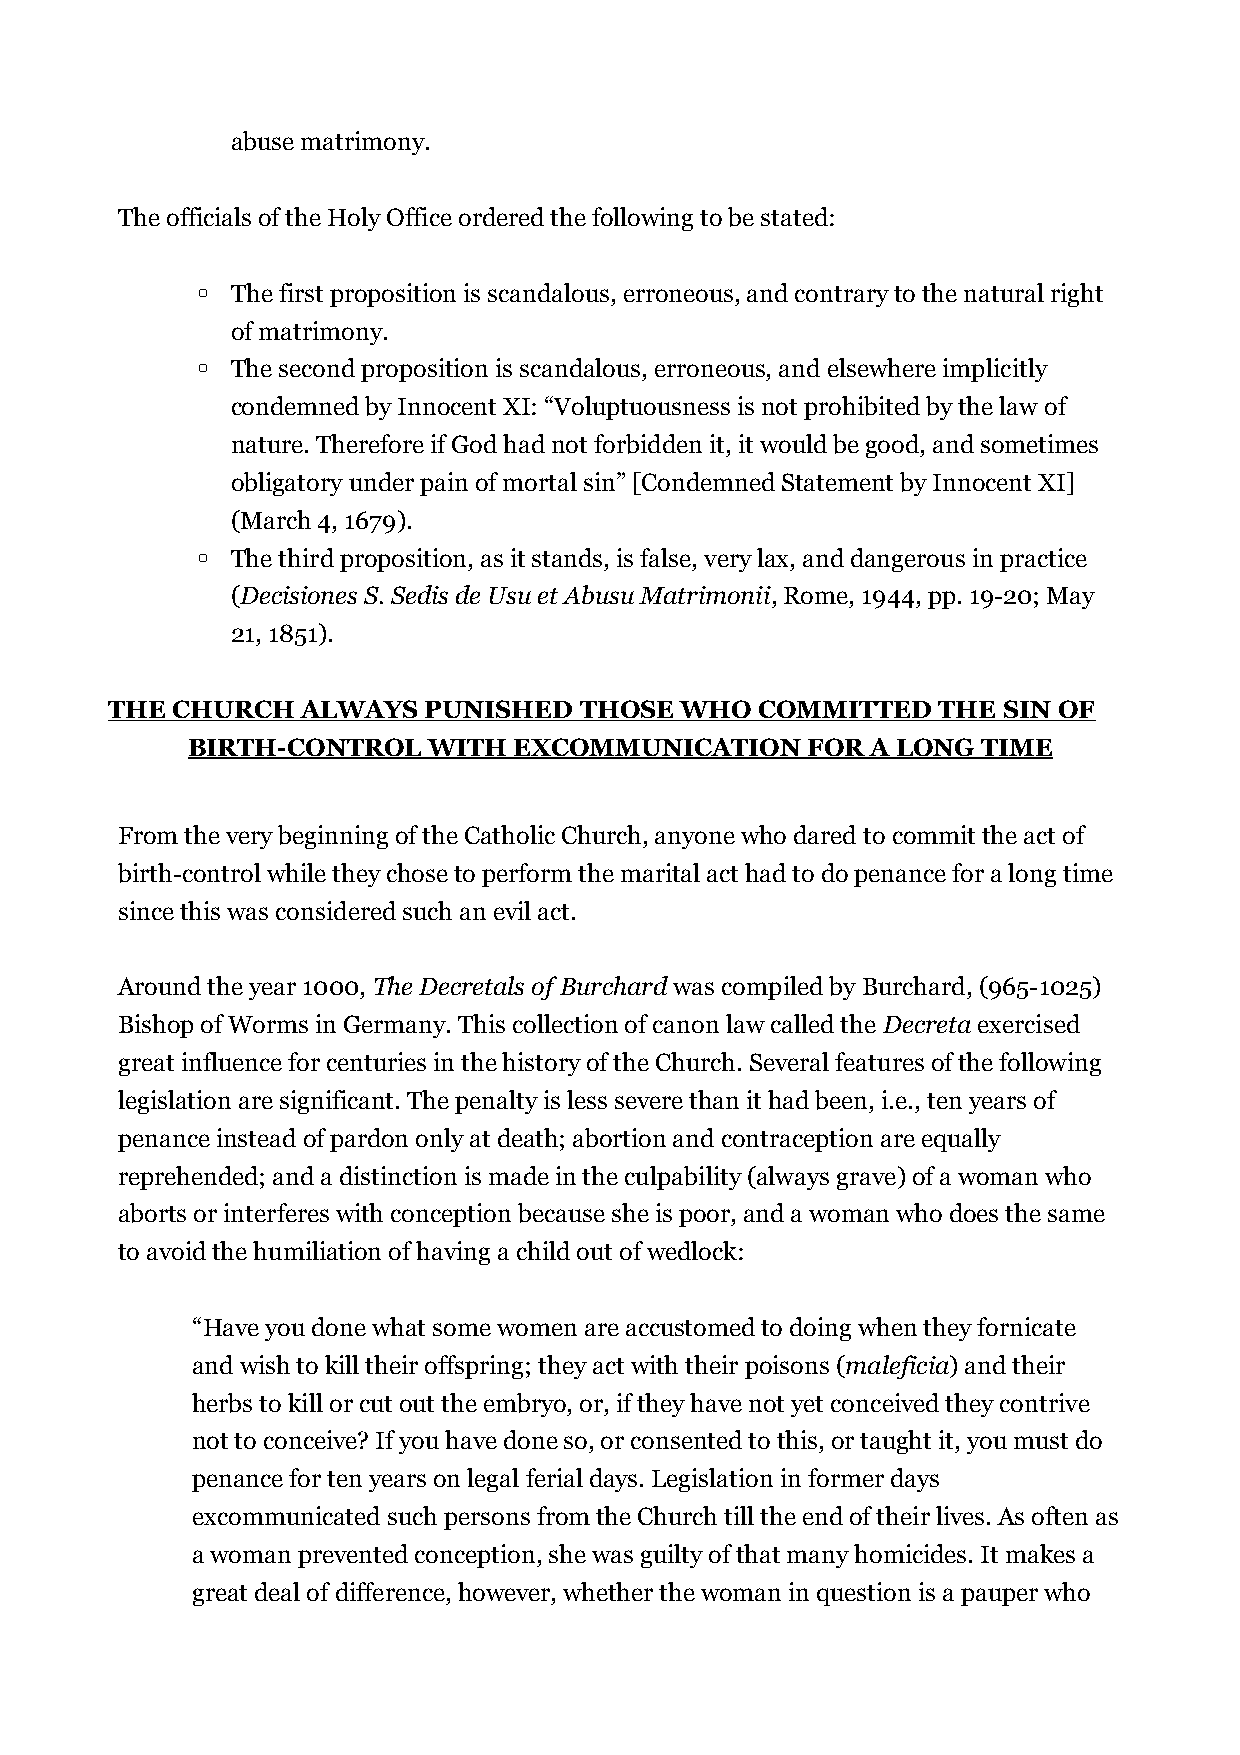
abuse matrimony.
 The officials of the Holy Office ordered the following to be stated:
 ◦ The first proposition is scandalous, erroneous, and contrary to the natural right
 of matrimony.
 ◦ The second proposition is scandalous, erroneous, and elsewhere implicitly
 condemned by Innocent XI: “Voluptuousness is not prohibited by the law of
 nature. Therefore if God had not forbidden it, it would be good, and sometimes
 obligatory under pain of mortal sin” [Condemned Statement by Innocent XI]
 (March 4, 1679).
 ◦ The third proposition, as it stands, is false, very lax, and dangerous in practice
 (Decisiones S. Sedis de Usu et Abusu Matrimonii, Rome, 1944, pp. 19-20; May
 21, 1851).
 THE CHURCH   ALWAYS  PUNISHED  THOSE  WHO  COMMITTED   THE SIN OF
 BIRTH-CONTROL   WITH  EXCOMMUNICATION    FOR  A LONG TIME
 From the very beginning of the Catholic Church, anyone who dared to commit the act of
 birth-control while they chose to perform the marital act had to do penance for a long time
 since this was considered such an evil act.
 Around the year 1000, The Decretals of Burchard was compiled by Burchard, (965-1025)
 Bishop of Worms in Germany. This collection of canon law called the Decreta exercised
 great influence for centuries in the history of the Church. Several features of the following
 legislation are significant. The penalty is less severe than it had been, i.e., ten years of
 penance instead of pardon only at death; abortion and contraception are equally
 reprehended; and a distinction is made in the culpability (always grave) of a woman who
 aborts or interferes with conception because she is poor, and a woman who does the same
 to avoid the humiliation of having a child out of wedlock:
 “Have you done what some women are accustomed to doing when they fornicate
 and wish to kill their offspring; they act with their poisons (maleficia) and their
 herbs to kill or cut out the embryo, or, if they have not yet conceived they contrive
 not to conceive? If you have done so, or consented to this, or taught it, you must do
 penance for ten years on legal ferial days. Legislation in former days
 excommunicated such persons from the Church till the end of their lives. As often as
 a woman prevented conception, she was guilty of that many homicides. It makes a
 great deal of difference, however, whether the woman in question is a pauper who